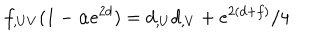
LaTeX: f _ { , U V } ( 1 - \alpha e ^ { 2 d } ) = d _ { , U } d _ { , V } + e ^ { 2 ( d + f ) } / 4